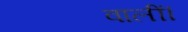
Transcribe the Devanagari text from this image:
वालीं।